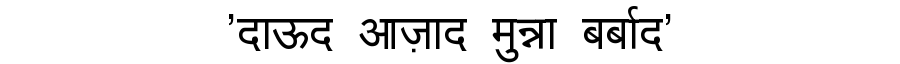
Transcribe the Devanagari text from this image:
'दाऊद आज़ाद मुन्ना बर्बाद'